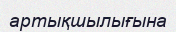
артықшылығына